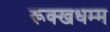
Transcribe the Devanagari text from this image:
रूक्खधम्म